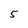
Character: 5